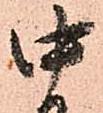
中